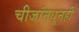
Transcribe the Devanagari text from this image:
चीजांमधूनही